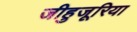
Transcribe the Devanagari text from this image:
जीहुजूरिया